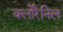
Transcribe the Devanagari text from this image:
क्लोरैनिल